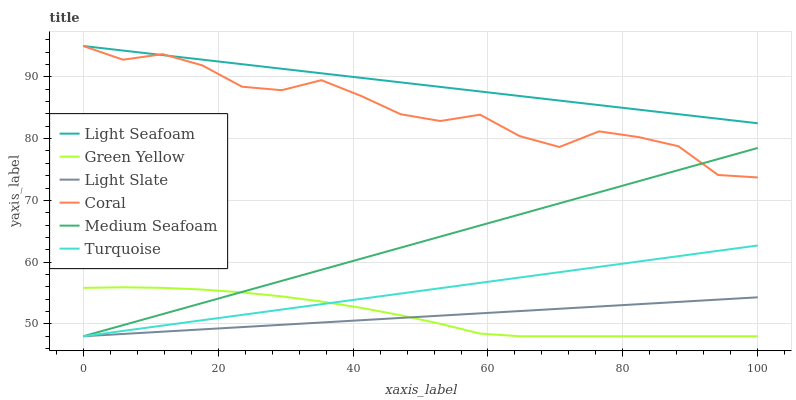
| xaxis_label | Light Seafoam | Green Yellow | Light Slate | Coral | Medium Seafoam | Turquoise |
 | --- | --- | --- | --- | --- | --- | --- |
 | 0 | 95 | 55.8 | 48 | 95 | 48 | 48 |
 | 5.88 | 94.3 | 55.9 | 48.4 | 92.8 | 49.8 | 48.9 |
 | 11.8 | 93.5 | 55.8 | 48.7 | 93.7 | 51.6 | 49.7 |
 | 17.6 | 92.8 | 55.6 | 49.1 | 91.9 | 53.4 | 50.6 |
 | 23.5 | 92.1 | 55.1 | 49.5 | 88.4 | 55.2 | 51.5 |
 | 29.4 | 91.3 | 54.5 | 49.9 | 87.8 | 57 | 52.3 |
 | 35.3 | 90.6 | 53.6 | 50.2 | 89.5 | 58.8 | 53.2 |
 | 41.2 | 89.8 | 52.6 | 50.6 | 86.9 | 60.6 | 54.1 |
 | 47.1 | 89.1 | 51.4 | 51 | 83.9 | 62.3 | 54.9 |
 | 52.9 | 88.4 | 50 | 51.3 | 82.9 | 64.1 | 55.8 |
 | 58.8 | 87.6 | 48.4 | 51.7 | 83.9 | 65.9 | 56.6 |
 | 64.7 | 86.9 | 48 | 52.1 | 80.4 | 67.7 | 57.5 |
 | 70.6 | 86.2 | 48 | 52.4 | 78.6 | 69.5 | 58.4 |
 | 76.5 | 85.4 | 48 | 52.8 | 81.2 | 71.3 | 59.2 |
 | 82.4 | 84.7 | 48 | 53.2 | 80.2 | 73.1 | 60.1 |
 | 88.2 | 84 | 48 | 53.6 | 78.8 | 74.9 | 61 |
 | 94.1 | 83.2 | 48 | 53.9 | 74.1 | 76.7 | 61.8 |
 | 100 | 82.5 | 48 | 54.3 | 73.7 | 78.5 | 62.7 |